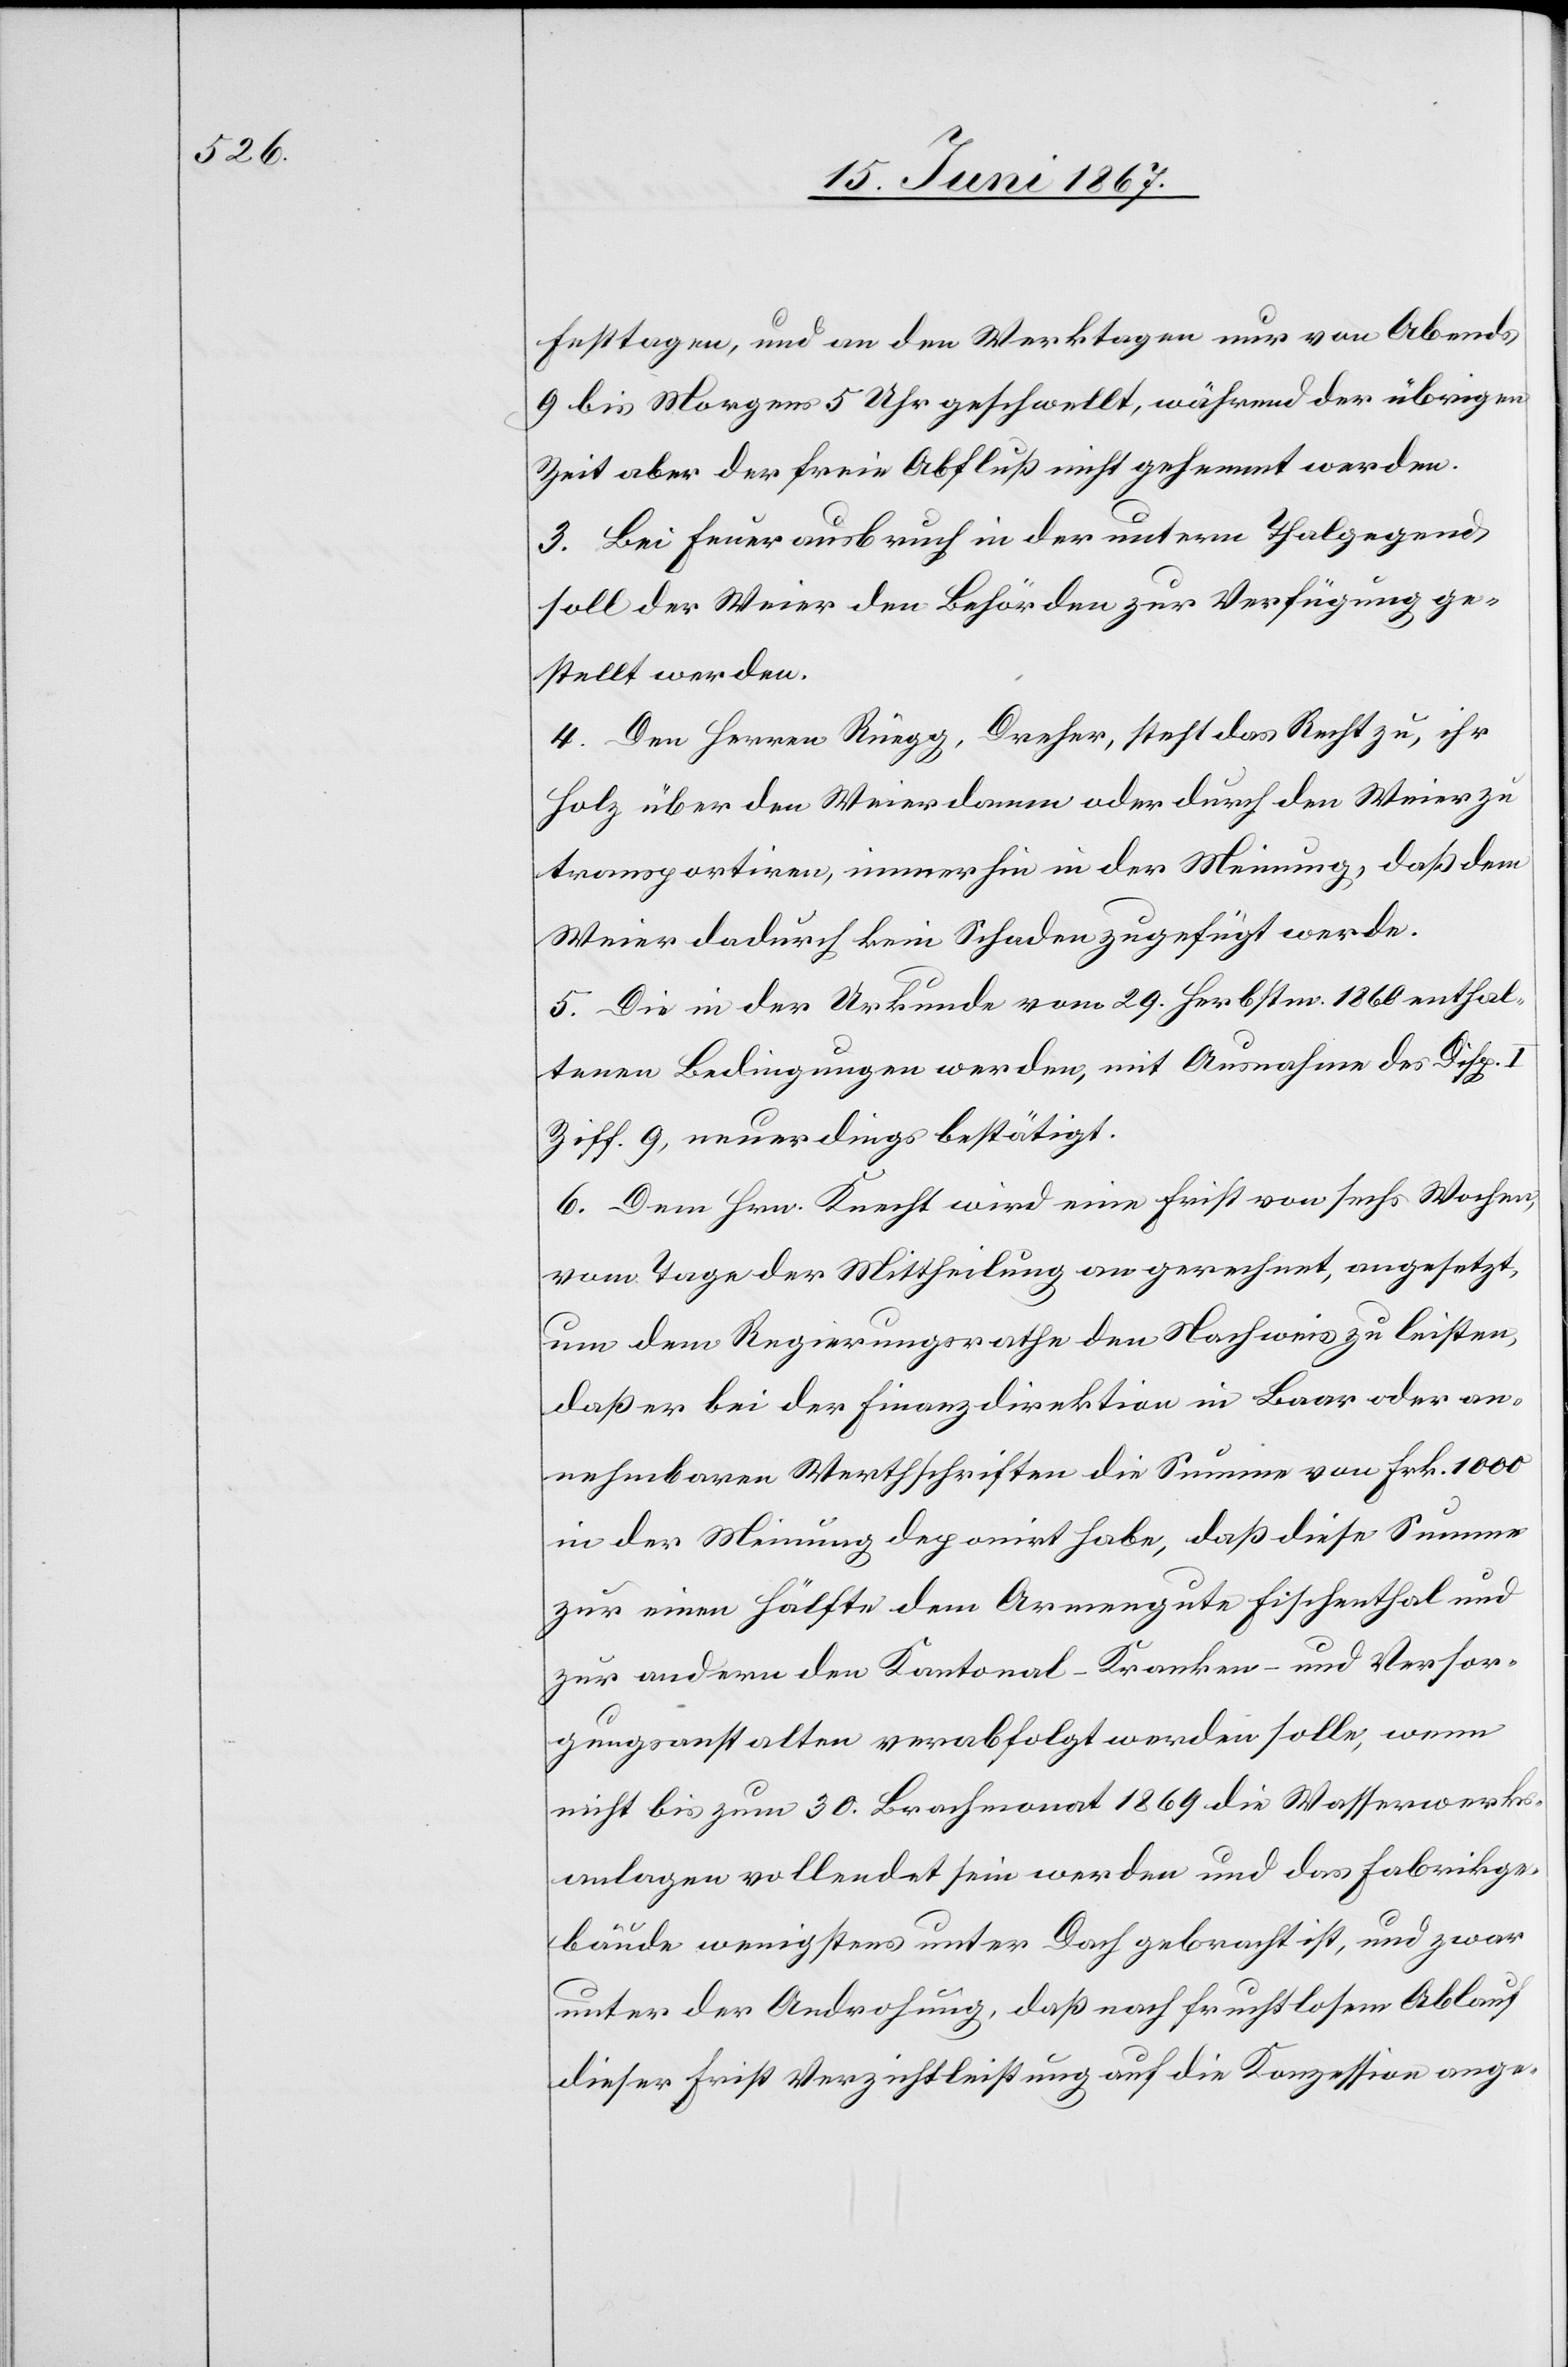
Festtagen, und an den Werktagen nur von Abends
9 bis Morgens 5 Uhr geschwellt, während der übrigen
Zeit aber der freie Abfluß nicht gehemmt werden.
3. Bei Feuerausbruch in der untern Thalgegend
soll der Weier den Behörden zur Verfügung ge¬
stellt werden.
4. Den Herren Rüegg, Dreher, steht das Recht zu, ihr
Holz über den Weierdamm oder durch den Weier zu
transportiren, immerhin in der Meinung, daß dem
Weier dadurch kein Schaden zugeführt werde.
5. Die in der Urkunde vom 29 Herbstm. 1860 enthal¬
tenden Bedingungen werden, mit Ausnahme des Disp. I
Ziff. 9, neuerdings bestätigt.
6. Dem Hrn. Knecht wird eine Frist von sechs Wochen,
vom Tage der Mittheilung an gerechnet, angesetzt,
um dem Regierungsrathe den Nachweis zu leisten,
daß er bei der Finanzdirektion in Baar oder an¬
nehmbaren Werthschriften die Summe von Frk. 1000
in der Meinung deponirt habe, daß diese Summe
zur einen Hälfte dem Armengute Fischenthal und
zur anderen den Kantonal-[,] Kranken- und Versor¬
gungsanstalten verabfolgt werden solle, wenn
nicht bis zum 30. Brachmonat 1869 die Wasserwerks¬
anlagen vollendet sein werden und das Fabrikge¬
bäude wenigstens unter Dach gebracht ist, und zwar
unter der Androhung, daß nach fruchtlosem Ablauf
dieser Frist Verzichtleistung auf die Konzession ange-